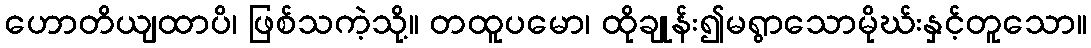
ဟောတိယျထာပိ၊ ဖြစ်သကဲ့သို့။ တထူပမော၊ ထိုချုန်း၍မရွာသောမိုဃ်းနှင့်တူသော။